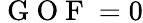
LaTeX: \mathrm{~G~O~F~}=0